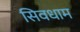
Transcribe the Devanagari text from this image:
सिवधाम